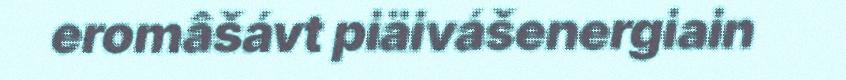
eromâšávt piäivášenergiain